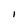
Character: l